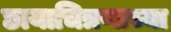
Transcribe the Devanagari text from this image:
छायाचित्रणाच्या